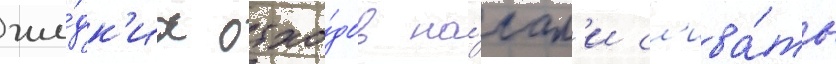
жи́дк'их отхо́дов на́чал'и сл'ива́ть